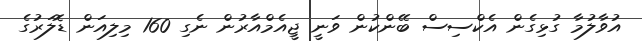
އުވާލުމާ ގުޅިގެން އެކްސިސް ބޭންކުން ވަނީ ޖީއެމްއާރުން ނެގި 160 މިލިއަން ޑޮލަރުގެ